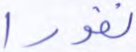
نفورا